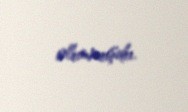
olunmuşdu.